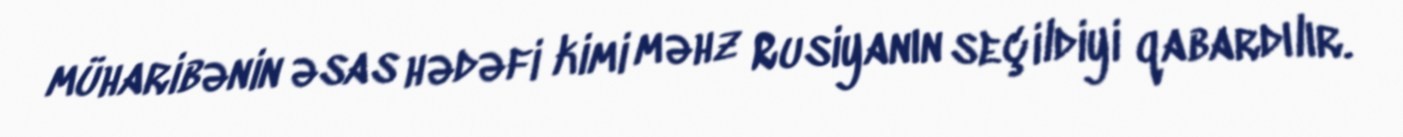
müharibənin əsas hədəfi kimi məhz Rusiyanın seçildiyi qabardılır.